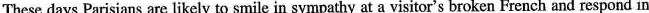
These days Parisians are likely to smile in sympathy at a visitor's broken French and respond in